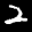
Digit: 2